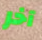
آخر